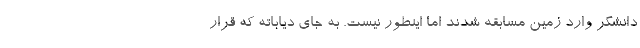
دانشگر وارد زمین مسابقه شدند اما اینطور نیست. به جای دیاباته که قرار